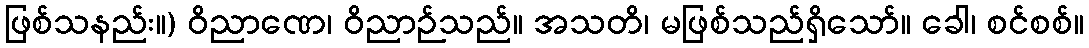
ဖြစ်သနည်း။) ဝိညာဏေ၊ ဝိညာဉ်သည်။ အသတိ၊ မဖြစ်သည်ရှိသော်။ ခေါ၊ စင်စစ်။